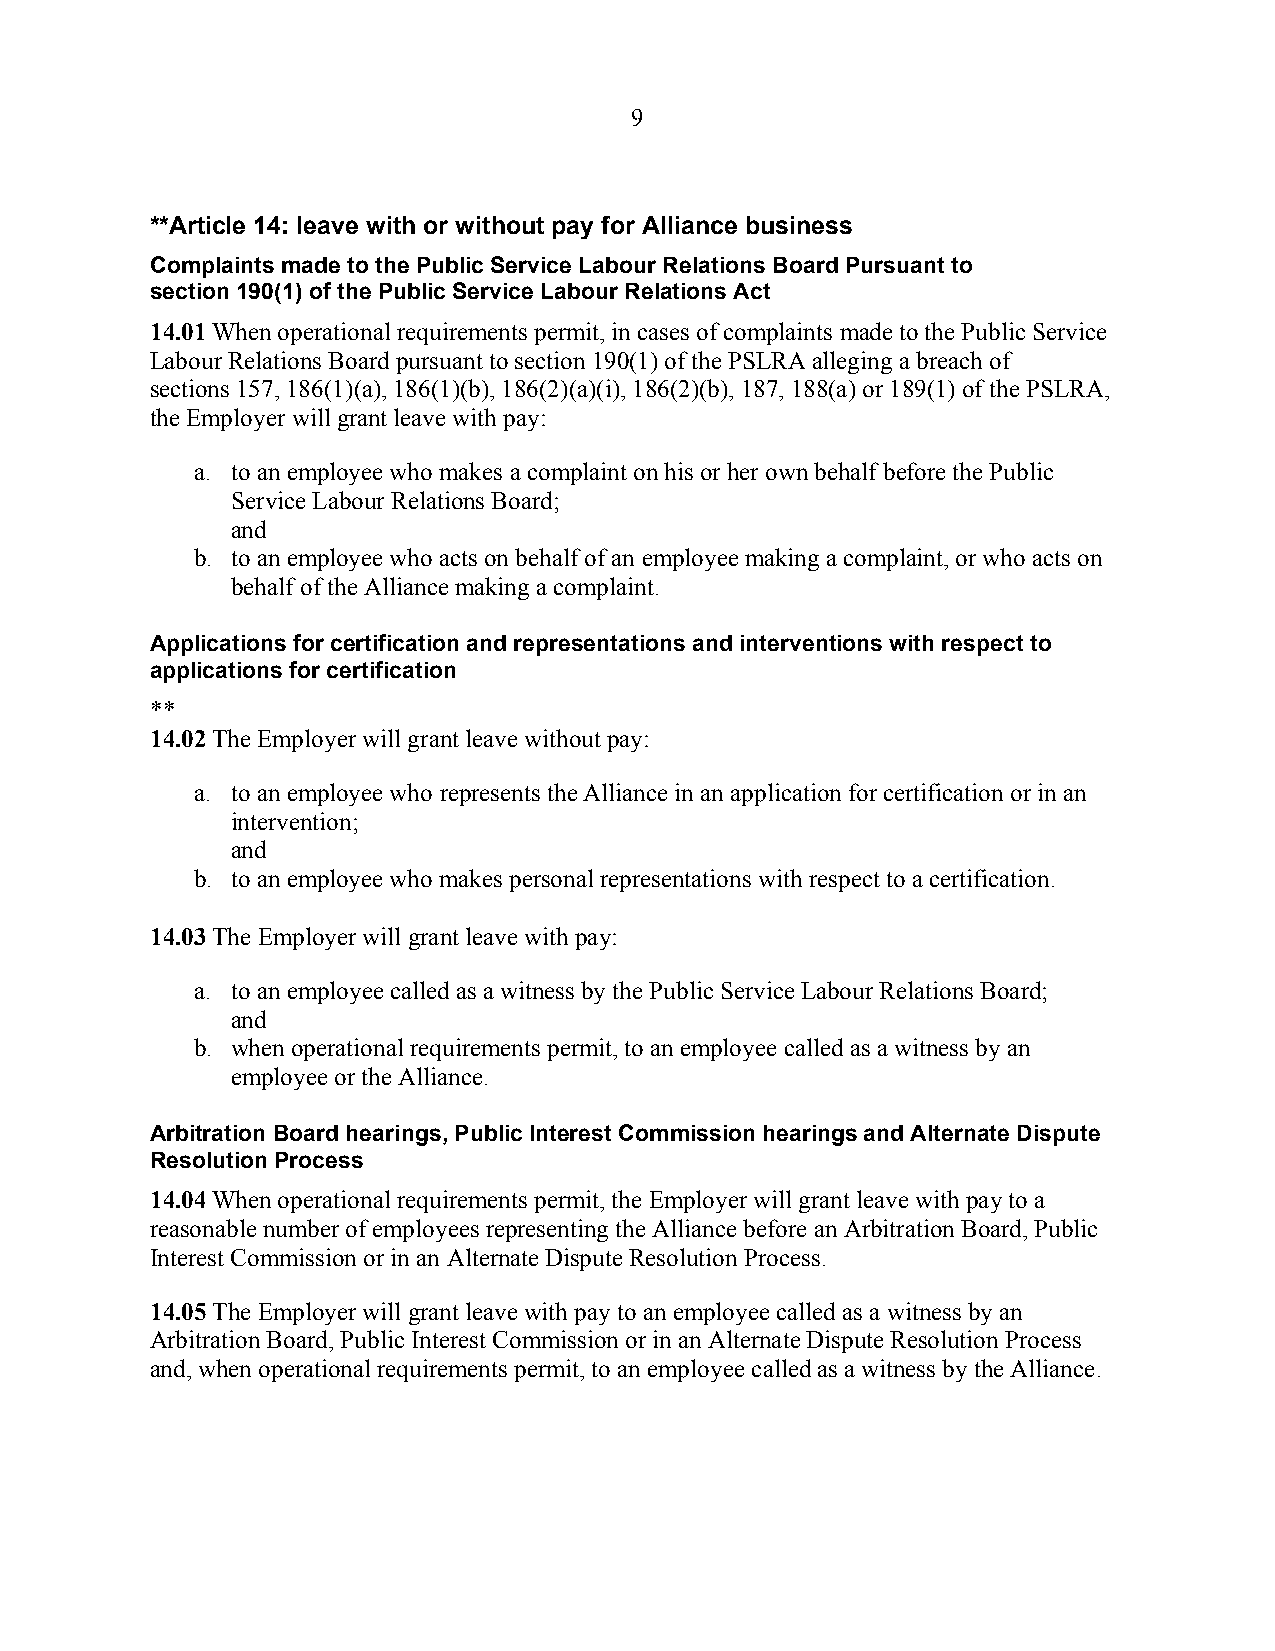
9
 **Article 14: leave with or without pay for Alliance business
 Complaints made to the Public Service Labour Relations Board Pursuant to
 section 190(1) of the Public Service Labour Relations Act
 14.01 When operational requirements permit, in cases of complaints made to the Public Service
 Labour Relations Board pursuant to section 190(1) of the PSLRA alleging a breach of
 sections 157, 186(1)(a), 186(1)(b), 186(2)(a)(i), 186(2)(b), 187, 188(a) or 189(1) of the PSLRA,
 the Employer will grant leave with pay:
 a. to an employee who makes a complaint on his or her own behalf before the Public
 Service Labour Relations Board;
 and
 b. to an employee who acts on behalf of an employee making a complaint, or who acts on
 behalf of the Alliance making a complaint.
 Applications for certification and representations and interventions with respect to
 applications for certification
 **
 14.02 The Employer will grant leave without pay:
 a. to an employee who represents the Alliance in an application for certification or in an
 intervention;
 and
 b. to an employee who makes personal representations with respect to a certification.
 14.03 The Employer will grant leave with pay:
 a. to an employee called as a witness by the Public Service Labour Relations Board;
 and
 b. when operational requirements permit, to an employee called as a witness by an
 employee or the Alliance.
 Arbitration Board hearings, Public Interest Commission hearings and Alternate Dispute
 Resolution Process
 14.04 When operational requirements permit, the Employer will grant leave with pay to a
 reasonable number of employees representing the Alliance before an Arbitration Board, Public
 Interest Commission or in an Alternate Dispute Resolution Process.
 14.05 The Employer will grant leave with pay to an employee called as a witness by an
 Arbitration Board, Public Interest Commission or in an Alternate Dispute Resolution Process
 and, when operational requirements permit, to an employee called as a witness by the Alliance.